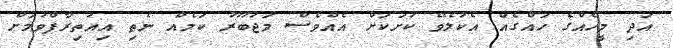
އަދި މީހެއްގެ ހައްގެއް އެކުލެވޭ ކުށަކަށް އެއްވެސް މަޖުބޫރު ކަމެއް ނެތި އިއުތިރާފްވުމަށް